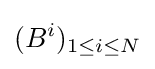
(B^{i})_{1\leq i\leq N}